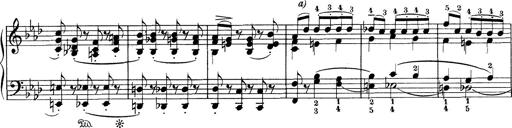
Title: Variationen Ã¼ber das Motiv von Bach
Composer: Franz Liszt